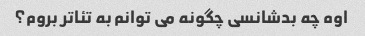
اوه چه بدشانسی چگونه می توانم به تئاتر بروم؟